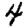
Digit: 4